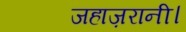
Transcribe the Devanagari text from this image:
जहाज़रानी।